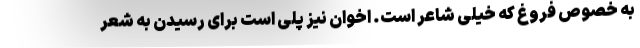
به خصوص فروغ که خیلی شاعر است. اخوان نیز پلی است برای رسیدن به شعر